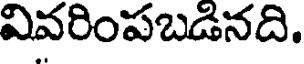
వివరింపబడినది.